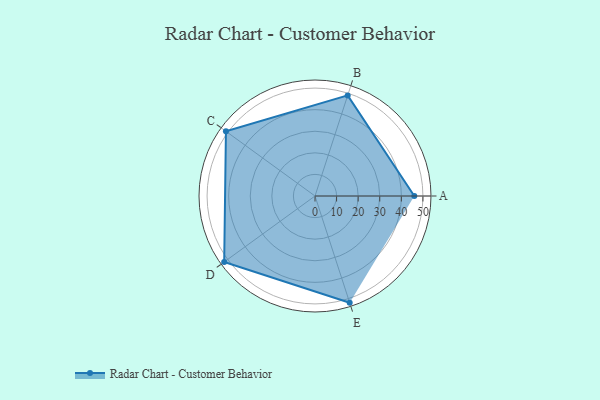
{"axis": {"x": "Skill", "y": "Score"}, "legend": ["Profile"], "data": [{"x": "A", "y": 46.0, "type": "Profile"}, {"x": "B", "y": 49.0, "type": "Profile"}, {"x": "C", "y": 51.0, "type": "Profile"}, {"x": "D", "y": 52.0, "type": "Profile"}, {"x": "E", "y": 52.0, "type": "Profile"}]}